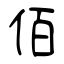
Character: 佰